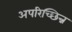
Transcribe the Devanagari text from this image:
अपरिच्छिन्न